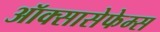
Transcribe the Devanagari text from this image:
ऑक्सासेफेम्स